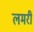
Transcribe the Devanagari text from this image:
लमरी